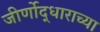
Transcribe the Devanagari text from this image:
जीर्णोद्धाराच्या